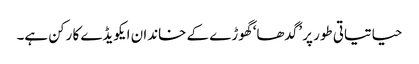
حیاتیاتی طور پر ’گدھا‘ گھوڑے کے خاندان ایکویڈے کا رکن ہے۔